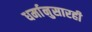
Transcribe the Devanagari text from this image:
धर्मानुसारही